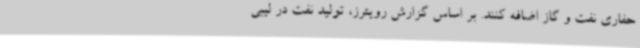
حفاری نفت و گاز اضافه کنند. بر اساس گزارش رویترز، تولید نفت در لیبی